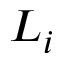
L _ { i }